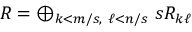
R = \oplus _ { k < m / s , \ \ell < n / s } \ s R _ { k \ell }